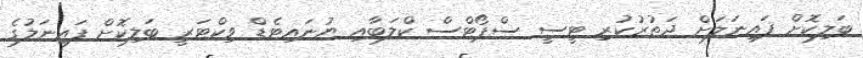
ބަލިކޮށް ފައިނަލަށް ދަތުރުކުރި ޓީސީ ސްޕޯޓްސް ކްލަބާއި ޔުނައިޓެޑް ވިކްޓަރީ ބަލިކޮށް ފައިނަލުގެ